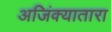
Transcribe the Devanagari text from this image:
अजिंक्यातारा